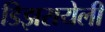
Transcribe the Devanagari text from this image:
डिझरायेली